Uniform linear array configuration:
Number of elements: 64
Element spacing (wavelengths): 1
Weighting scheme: cosine
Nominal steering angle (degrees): -45
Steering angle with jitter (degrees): -46.824
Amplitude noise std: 0.05
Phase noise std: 0.05

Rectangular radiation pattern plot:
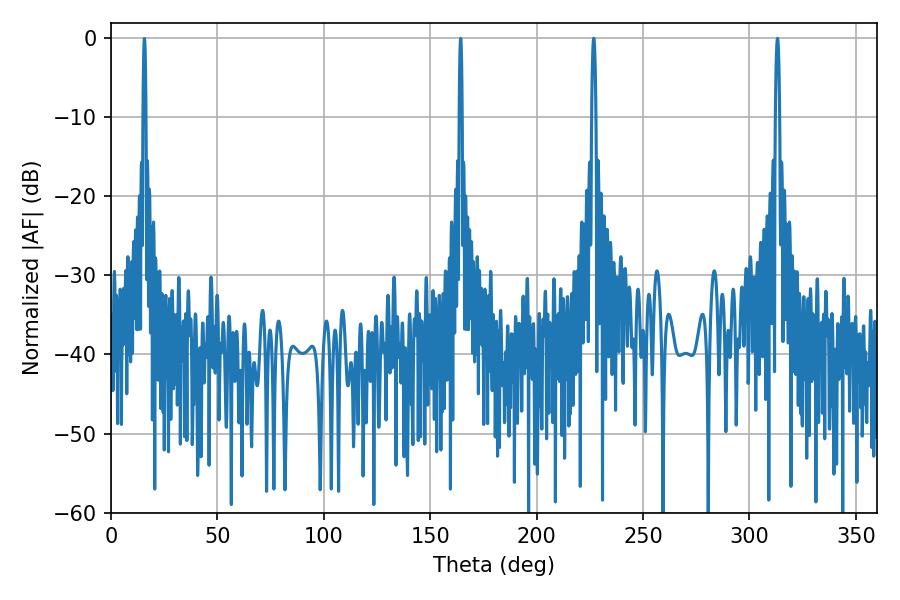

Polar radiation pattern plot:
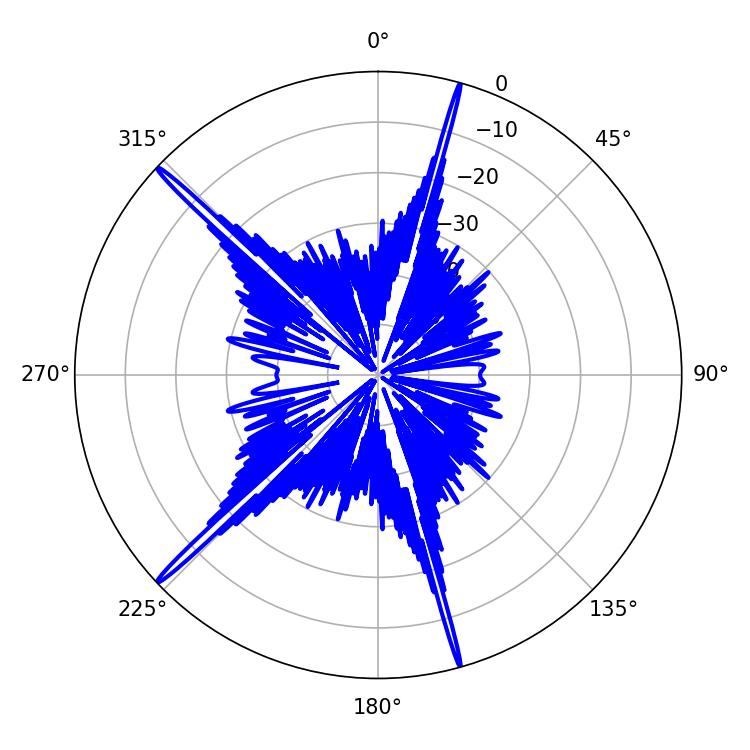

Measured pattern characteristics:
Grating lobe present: TRUE
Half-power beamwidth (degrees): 1.08
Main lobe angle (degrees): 226.8